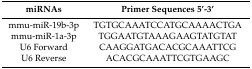
<table><thead><tr><td><b>miRNAs</b></td><td><b>Primer Sequences 5’-3’</b></td></tr></thead><tbody><tr><td>mmu-miR-19b-3p</td><td>TGTGCAAATCCATGCAAAACTGA</td></tr><tr><td>mmu-miR-1a-3p</td><td>TGGAATGTAAAGAAGTATGTAT</td></tr><tr><td>U6 Forward</td><td>CAAGGATGACACGCAAATTCG</td></tr><tr><td>U6 Reverse</td><td>ACACGCAAATTCGTGAAGC</td></tr></tbody></table>